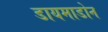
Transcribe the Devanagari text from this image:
डायमाडोन